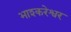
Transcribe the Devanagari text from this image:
भाश्करेश्वर